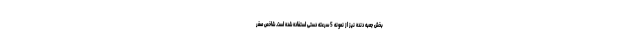
بخش جعبه دنده نیز از نمونه 5 سرعته دستی استفاده شده است. شاخص صفر